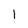
Character: 1